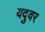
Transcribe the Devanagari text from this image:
यदुवर